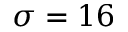
\sigma = 1 6